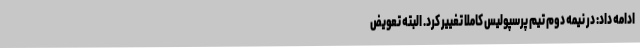
ادامه داد: در نیمه دوم تیم پرسپولیس کاملا تغییر کرد. البته تعویض